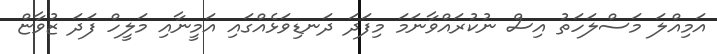
އަމިއްލަ މަސްލަހަތު އިސް ނުކުރައްވާނަމަ މިފަދަ ދަނޑިވަޅެއްގައި އަމީނާއި މަލީހް ފަދަ ޒުވާޏް